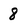
Character: 8